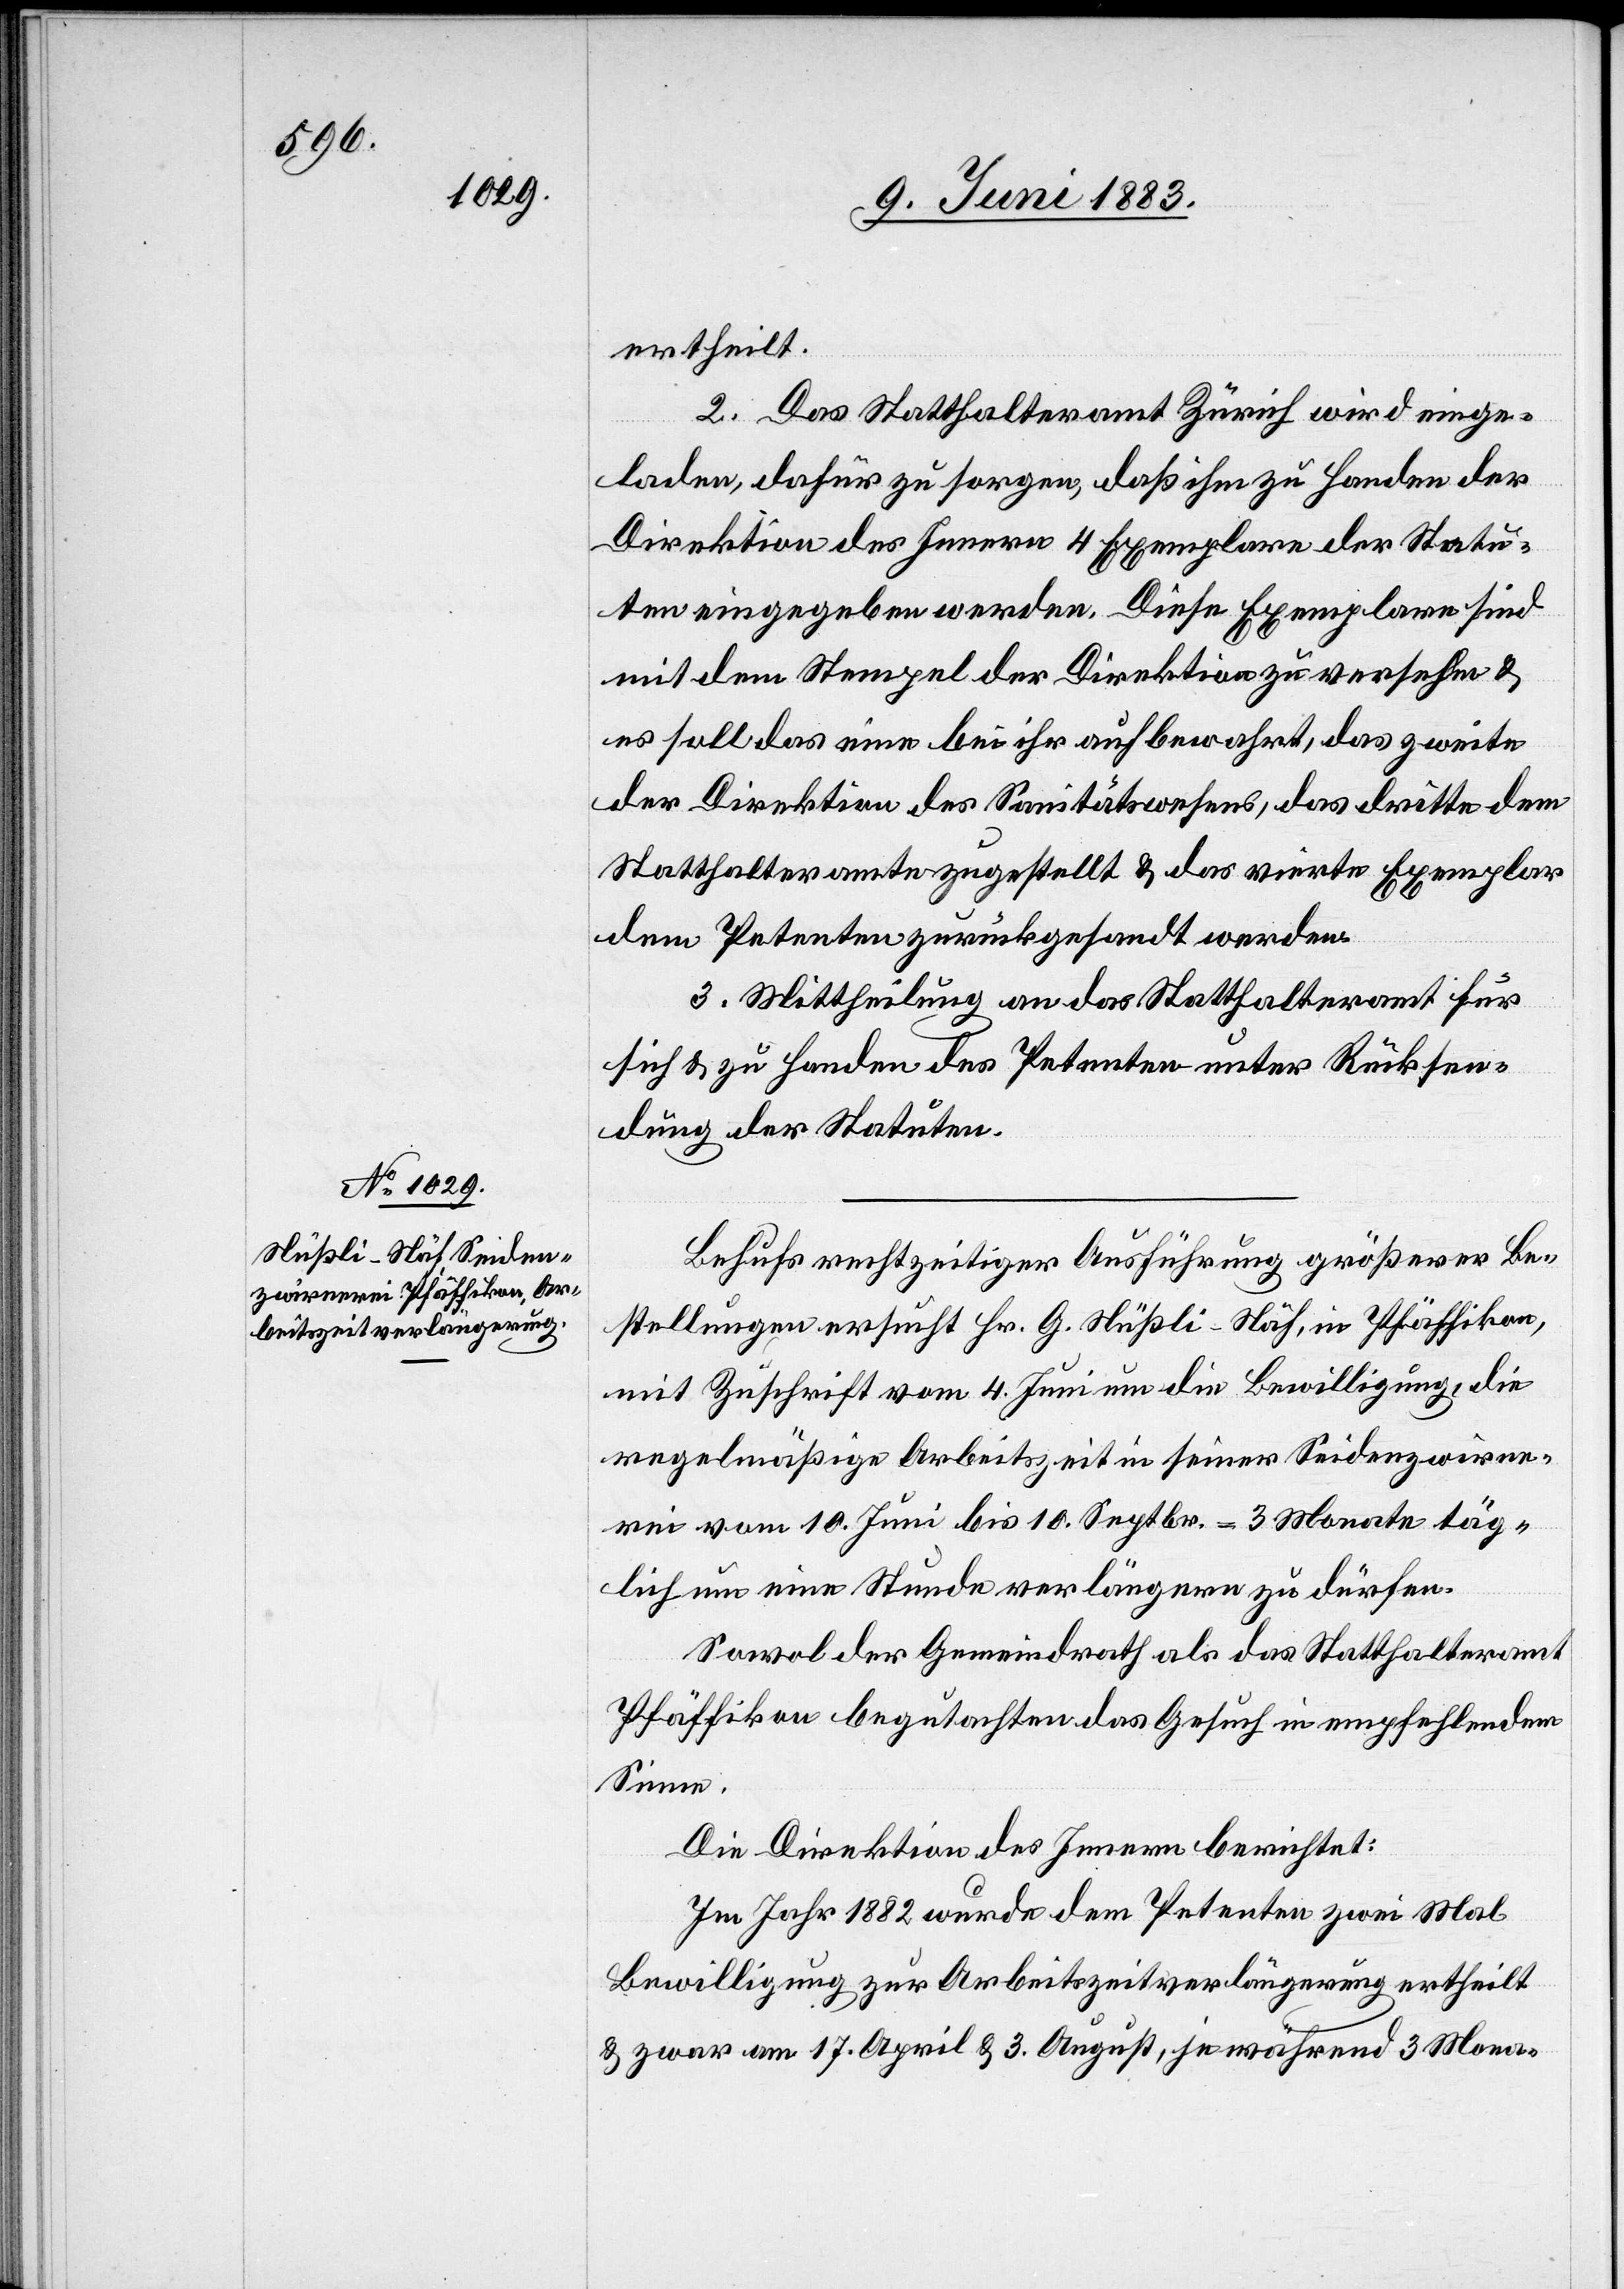
ertheilt.
2. Das Statthalteramt Zürich wird einge¬
laden, dafür zu sorgen, daß ihm zu Handen der
Direktion des Innern 4 Exemplare der Statu¬
ten eingegeben werden. Diese Exemplare sind
mit dem Stempel der Direktion zu versehen &
es soll das eine bei ihr aufbewahrt, das zweite
der Direktion des Sanitätswesens, das dritte dem
Statthalteramte zugestellt & das vierte Exemplar
dem Petenten zurückgesandt werden.
3. Mittheilung an das Statthalteramt für
sich & zu Handen des Petenten unter Rücksen¬
dung der Statuten.
Behufs rechtzeitiger Ausführung größerer Be¬
stellung ersucht Hr. G. Nüßli-Näf, in Pfäffikon,
mit Zuschrift vom 4. Juni um die Bewilligung, die
regelmäßige Arbeitszeit in seiner Seidenzwirne¬
rei vom 10. Juni bis 10. Septbr. = 3 Monate täg¬
lich um eine Stunde verlängern zu dürfen.
Sowol der Gemeindrath als das Statthalteramt
Pfäffikon begutachten das Gesuch in empfehlendem
Sinne.
Die Direktion des Innern berichtet:
Im Jahr 1882 wurde dem Petenten zwei Mal
Bewilligung zur Arbeitszeitverlängerung ertheilt
& zwar am 17. April & 3. August, je während 3 Mona-